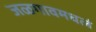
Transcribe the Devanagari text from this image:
जळगावमधलं